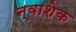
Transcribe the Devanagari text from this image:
न्वाशेक